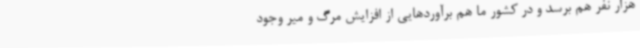
هزار نفر هم برسد و در کشور ما هم برآوردهایی از افزایش مرگ و میر وجود